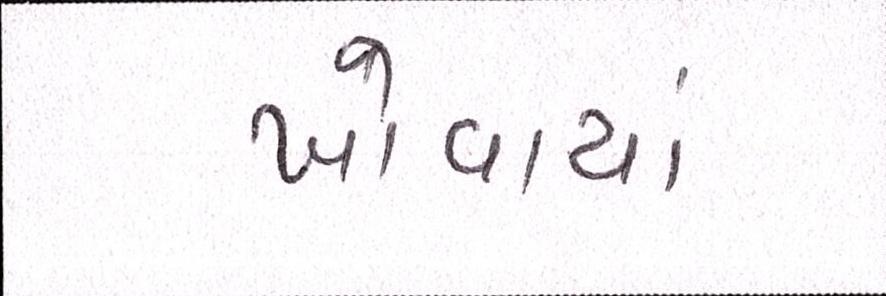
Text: ખોવાયાં